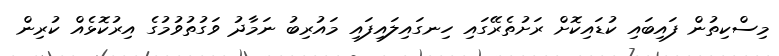
މިސްކިތުން ފައިބައި ކުޑައިކޮށް ރަށުތެރޭގައި ހިނގައިލައިފައި މައުރިބު ނަމާދު ވަގުތުވުމުގެ އިރުކޮޅެއް ކުރިން